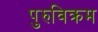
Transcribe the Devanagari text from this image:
पुरुविक्रम